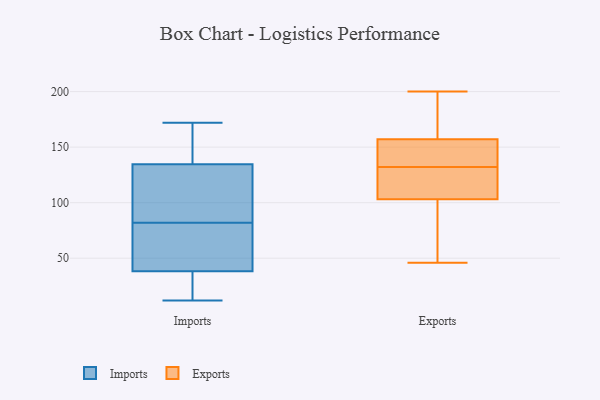
{"axis": {"x": "Customer Acquisition Cost (USD)", "y": "Value"}, "legend": ["Exports", "Imports"], "data": [{"x": "", "y": 18, "type": "Imports"}, {"x": "", "y": 73, "type": "Imports"}, {"x": "", "y": 35, "type": "Imports"}, {"x": "", "y": 172, "type": "Imports"}, {"x": "", "y": 83, "type": "Imports"}, {"x": "", "y": 136, "type": "Imports"}, {"x": "", "y": 130, "type": "Imports"}, {"x": "", "y": 12, "type": "Imports"}, {"x": "", "y": 158, "type": "Imports"}, {"x": "", "y": 82, "type": "Imports"}, {"x": "", "y": 48, "type": "Imports"}, {"x": "", "y": 59, "type": "Exports"}, {"x": "", "y": 118, "type": "Exports"}, {"x": "", "y": 144, "type": "Exports"}, {"x": "", "y": 197, "type": "Exports"}, {"x": "", "y": 124, "type": "Exports"}, {"x": "", "y": 175, "type": "Exports"}, {"x": "", "y": 200, "type": "Exports"}, {"x": "", "y": 94, "type": "Exports"}, {"x": "", "y": 76, "type": "Exports"}, {"x": "", "y": 112, "type": "Exports"}, {"x": "", "y": 132, "type": "Exports"}, {"x": "", "y": 85, "type": "Exports"}, {"x": "", "y": 190, "type": "Exports"}, {"x": "", "y": 132, "type": "Exports"}, {"x": "", "y": 139, "type": "Exports"}, {"x": "", "y": 166, "type": "Exports"}, {"x": "", "y": 129, "type": "Exports"}, {"x": "", "y": 135, "type": "Exports"}, {"x": "", "y": 148, "type": "Exports"}, {"x": "", "y": 46, "type": "Exports"}]}